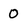
Character: 0